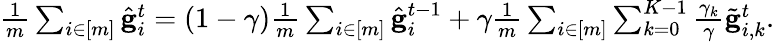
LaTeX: \begin{array}{r}{\frac{1}{m}\sum_{i\in[m]}\hat{\mathbf{g}}_{i}^{t}=(1-\gamma)\frac{1}{m}\sum_{i\in[m]}\hat{\mathbf{g}}_{i}^{t-1}+\gamma\frac{1}{m}\sum_{i\in[m]}\sum_{k=0}^{K-1}\frac{\gamma_{k}}{\gamma}\tilde{\mathbf{g}}_{i,k}^{t}.}\end{array}